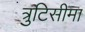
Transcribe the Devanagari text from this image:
त्रुटिसीमा